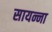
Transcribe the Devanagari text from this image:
सायन्ना